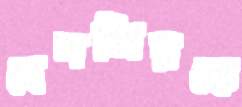
বেনজিরকে